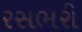
રસભરી